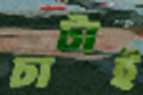
চাটাই